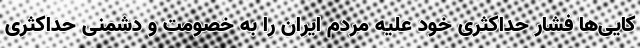
کایی‌ها فشار حداکثری خود علیه مردم ایران را به خصومت و دشمنی حداکثری